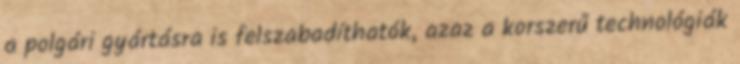
a polgári gyártásra is felszabadíthatók, azaz a korszerű technológiák